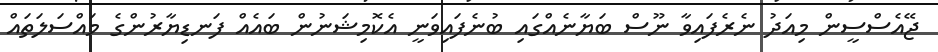
ޖޭއެސްސީން މިއަދު ނެރެފައިވާ ނޫސް ބަޔާނެއްގައި ބުނެފައިވަނީ އެކޮމިޝަނުން ބައެއް ފަނޑިޔާރުންގެ މައްސަލަތައް